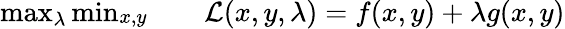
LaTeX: \begin{array}{rl}{\operatorname*{max}_{\lambda}\operatorname*{min}_{\substack{x,y}}\quad}&{{}\mathcal{L}(x,y,\lambda)=f(x,y)+\lambda g(x,y)}\end{array}